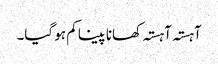
آہستہ آہستہ کھانا پینا کم ہو گیا۔